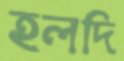
হলদি